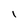
Character: I